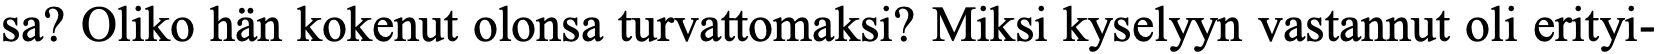
sa? Oliko hän kokenut olonsa turvattomaksi? Miksi kyselyyn vastannut oli erityi-